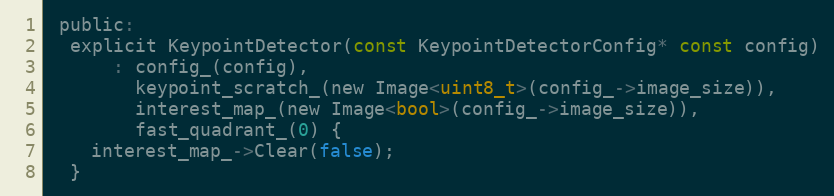
Language: C
 public:
  explicit KeypointDetector(const KeypointDetectorConfig* const config)
      : config_(config),
        keypoint_scratch_(new Image<uint8_t>(config_->image_size)),
        interest_map_(new Image<bool>(config_->image_size)),
        fast_quadrant_(0) {
    interest_map_->Clear(false);
  }